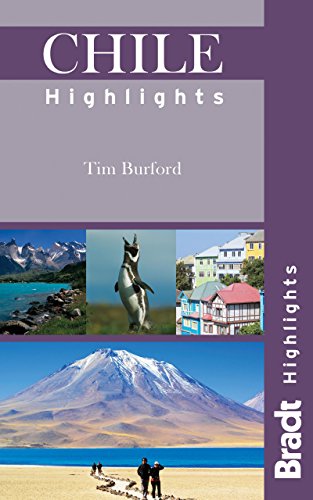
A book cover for Chile Highlights (Bradt Travel Guide Chile Highlights); Tim Burford; Travel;